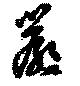
嚴